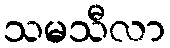
သမသီလာ